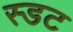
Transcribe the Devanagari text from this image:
स्डट